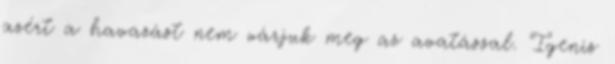
azért a havazást nem várjuk meg az avatással. Igenis